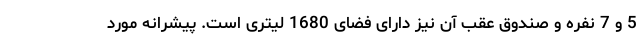
5 و 7 نفره و صندوق عقب آن نیز دارای فضای 1680 لیتری است. پیشرانه مورد